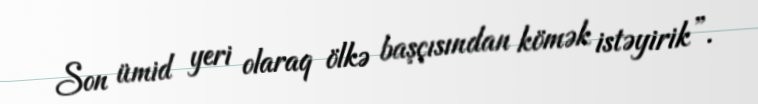
Son ümid yeri olaraq ölkə başçısından kömək istəyirik”.